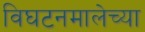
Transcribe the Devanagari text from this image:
विघटनमालेच्या